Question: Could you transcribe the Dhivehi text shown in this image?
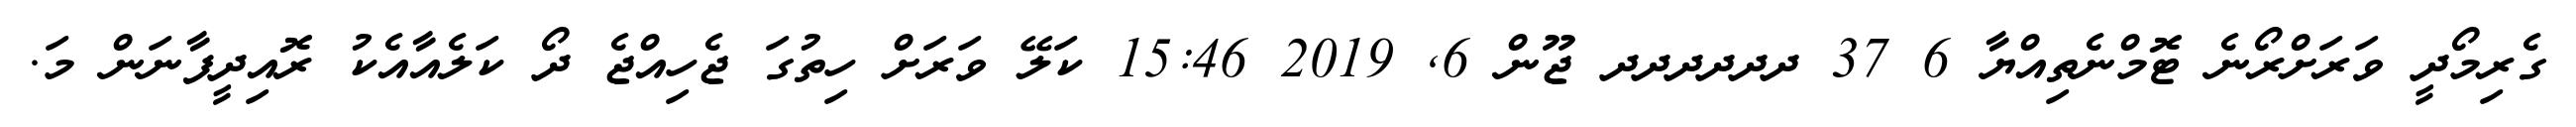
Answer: ގެރިމޯދީ ވަރަށްރޯނެ ޓޮމްނެތިއްޔާ 6 37 ދދދދދދ ޖޫން 6, 2019 15:46 ކަލޭ ވަރަށް ހިތުގަ ޖެހިއްޖެ ދޯ ކަލެއާއެކު ރޮއިދީފާނަން މަ.